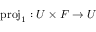
{ \mathrm { p r o j } } _ { 1 } : U \times F \rightarrow U